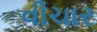
વીચાર